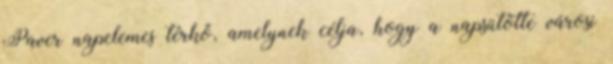
Paver napelemes térkő, amelynek célja, hogy a napsütötte városi